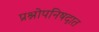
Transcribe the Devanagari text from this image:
प्रश्नोपनिषदात